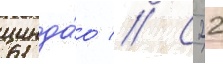
цинда́о // С 22